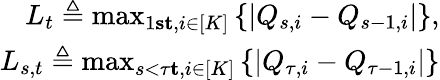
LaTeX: \begin{array}{r}{L_{t}\triangleq\operatorname*{max}_{1\le s\le t,i\in[K]}\left\{ \left\lvert Q_{s,i}-Q_{s-1,i}\right\rvert\right\} ,}\\ {L_{s,t}\triangleq\operatorname*{max}_{s<\tau\le t,i\in[K]}\left\{ \left\lvert Q_{\tau,i}-Q_{\tau-1,i}\right\rvert\right\} }\end{array}